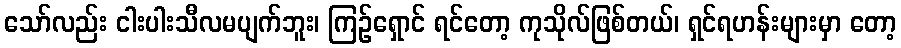
သော်လည်း ငါးပါးသီလမပျက်ဘူး၊ ကြဉ်ရှောင် ရင်တော့ ကုသိုလ်ဖြစ်တယ်၊ ရှင်ရဟန်းများမှာ တော့